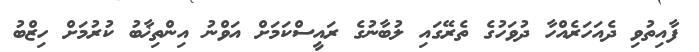
ފާއިތުވި ދެއަހަރެއްހާ ދުވަހުގެ ތެރޭގައި ލުބާނުގެ ރައީސްކަމަށް އަވްނު އިންތިޚާބު ކުރުމަށް ހިޒްބު